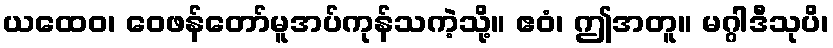
ယထေဝ၊ ဝေဖန်တော်မူအပ်ကုန်သကဲ့သို့။ ဧဝံ၊ ဤအတူ။ မဂ္ဂါဒီသုပိ၊